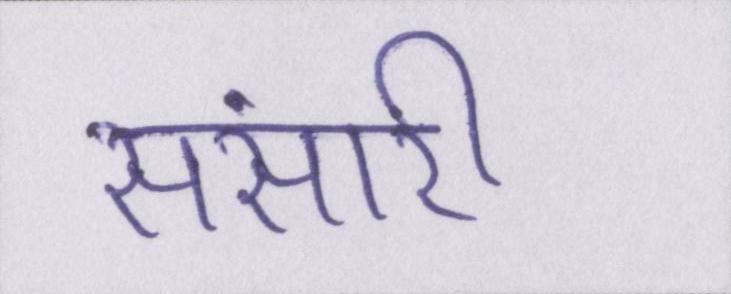
संसारी